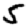
Digit: 5